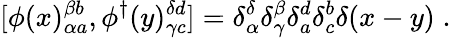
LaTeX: [\phi(x)_{\alpha a}^{\beta b},\phi^{\dagger}(y)_{\gamma c}^{\delta d}]=\delta_{\alpha}^{\delta}\delta_{\gamma}^{\beta}\delta_{a}^{d}\delta_{c}^{b}\delta(x-y)\; .